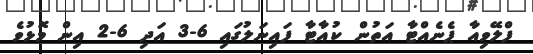
ފްލޭވިއާ ޕެނެއްޓާ އަތުން ކުއާޓާ ފައިނަލުގައި 6-3 އަދި 6-2 އިން މޮޅުވެ